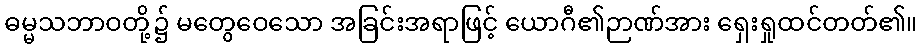
ဓမ္မသဘာဝတို့၌ မတွေဝေသော အခြင်းအရာဖြင့် ယောဂီ၏ဉာဏ်အား ရှေးရှုထင်တတ်၏။